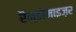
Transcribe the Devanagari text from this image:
रैन्डोमाइज़र